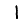
Digit: 1